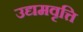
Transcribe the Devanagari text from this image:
उद्यमवृत्ति